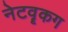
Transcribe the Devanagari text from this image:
नेटवॄकग